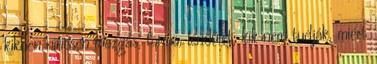
kikben nincsen mozgás, forma, lendület, kik nem tudják, miért